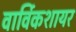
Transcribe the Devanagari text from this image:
वार्विकशायर